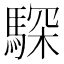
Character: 𩤞